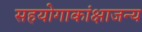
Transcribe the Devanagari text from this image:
सहयोगाकांक्षाजन्य